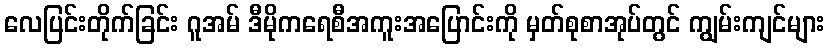
လေပြင်းတိုက်ခြင်း ဂူအမ် ဒီမိုကရေစီအကူးအပြောင်းကို မှတ်စုစာအုပ်တွင် ကျွမ်းကျင်များ